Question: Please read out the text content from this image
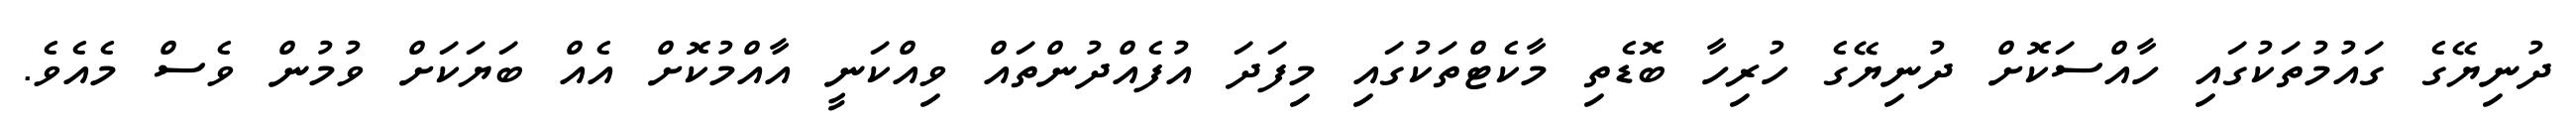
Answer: ދުނިޔޭގެ ގައުމުތަކުގައި ހާއްސަކޮށް ދުނިޔޭގެ ހުރިހާ ބޮޑެތި މާކެޓްތަކުގައި މިފަދަ އުފެއްދުންތައް ވިއްކަނީ އާއްމުކޮށް އެއް ބަޔަކަށް ވުމުން ވެސް މެއެވެ.